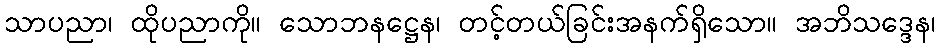
သာပညာ၊ ထိုပညာကို။ သောဘနဋ္ဌေန၊ တင့်တယ်ခြင်းအနက်ရှိသော။ အဘိသဒ္ဒေန၊